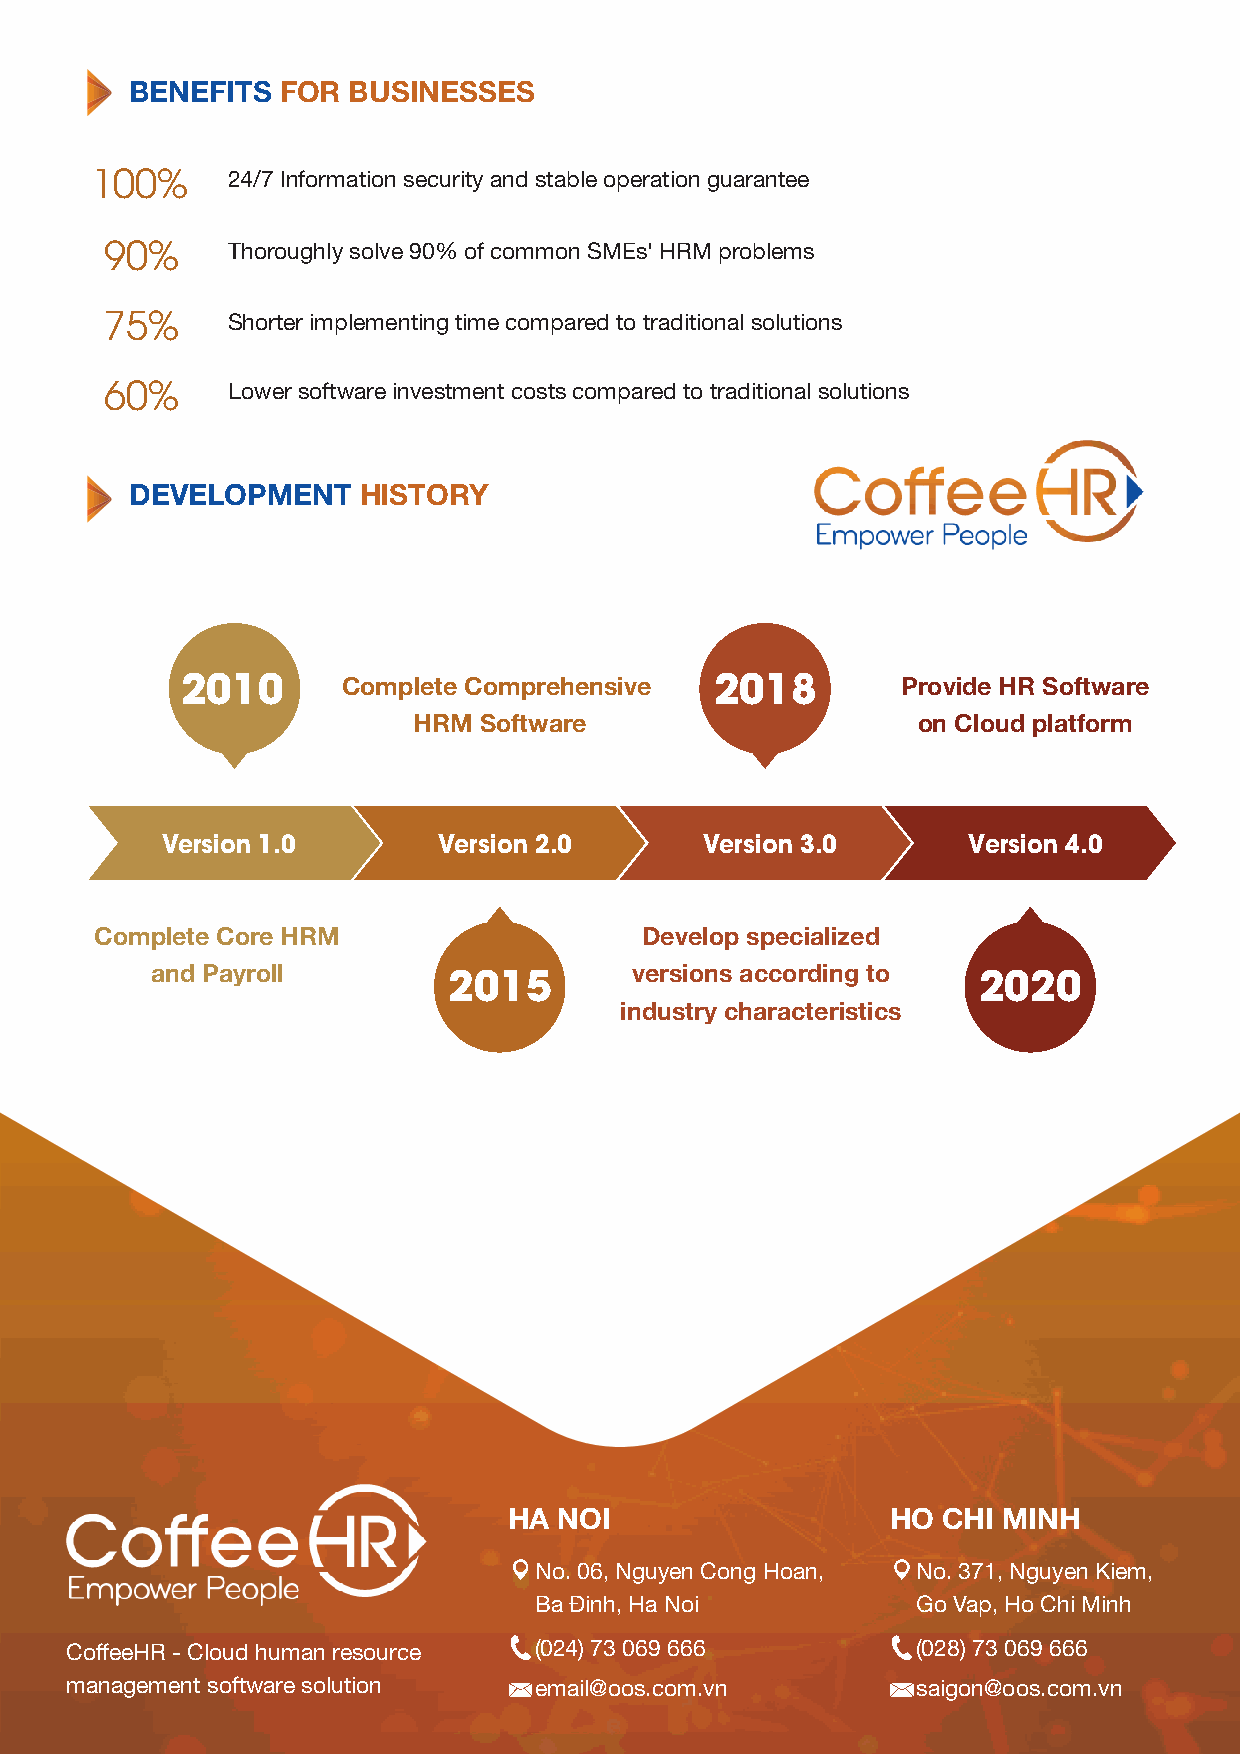
BENEFITS  FOR BUSINESSES
 100%
 24/7 Information security and stable operation guarantee
 90%
 Thoroughly solve 90% of common SMEs' HRM problems
 75%
 Shorter implementing time compared to traditional solutions
 60%
 Lower software investment costs compared to traditional solutions
 DEVELOPMENT    HISTORY
 2010                               2018
 Complete Comprehensive               Provide HR Software
 HRM  Software                     on Cloud platform
 Version 1.0       Version 2.0       Version 3.0      Version 4.0
 Complete Core HRM                   Develop specialized
 and Payroll         2015        versions according to  2020
 industry characteristics
 HA NOI                   HO CHI MINH
 No. 06, Nguyen Cong Hoan, No. 371, Nguyen Kiem,
 Ba Đinh, Ha Noi           Go Vap, Ho Chi Minh
 CoffeeHR - Cloud human resource (024) 73 069 666         (028) 73 069 666
 management software solution   email@oos.com.vn          saigon@oos.com.vn